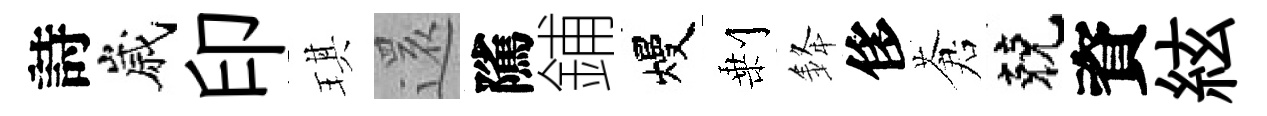
詩嵗印琪𮟃隲鋪熳剰𨦟侈蒼兢資絃